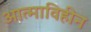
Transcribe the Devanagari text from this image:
आत्माविहीन